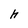
Character: h